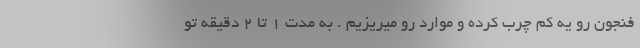
فنجون رو یه کم چرب کرده و موارد رو میریزیم . به مدت 1 تا 2 دقیقه تو